Rangoon Lunatic Asylum 1893-1897 - 1893-1897
Year: 1893
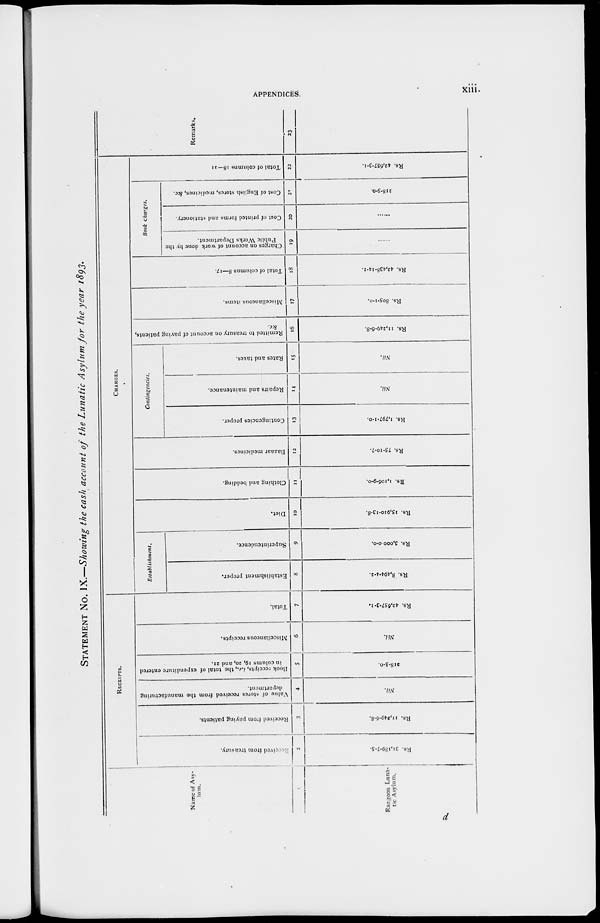
APPENDICES.
xiii.
STATEMENT No. IX.—Showing the cash account of the Lunatic Asylum for the year 1893.
Name of Asy-
lum.
Rangoon Luna-
tic Asylum.
RECEIPTS.
Recovered
from treasury.
2
Rs. 31,189-7-5.
Received from paying patients.
3
Rs. 11,249-6-8.
Value of stores received from the manufacturing
department.
4
Nil.
Book receipts, i.e., the total of expenditure entered
in colums 19, 20, and 21.
5
218-5-0.
Miscellaneous receipts.
6
Nil.
Total.
7
Rs. 42,657-3-1.
CHARGES.
Establishment.
Establishment proper.
8
Rs. 8,494-4-2.
Superintendence.
9
Rs. 3,000-0-0.
Diet.
10
Rs. 15,910-13-8.
Clothing and bedding.
11
Rs. 1,106-9-0.
Bazaar medicines.
12
Rs. 75-10-7.
Contingencies.
Contingencies proper.
13
Rs. 1,797-1-0.
Repairs and maintenance.
14
Nil.
Rates and taxes.
15
Nil.
R emitted to treasury on account of paying patients,
&c.
16
Rs. 11,249-6-8.
Miscellaneous items.
17
Rs. 805-1-0.
Total of columns 8—17.
18
Rs. 42,438-14-1.
Book charges.
Charges on account of work done by the
Public Works Department.
19
......
Cost of printed forms and stationery.
20
......
Cost of English stores, medicines, &c.
21
218-5-0.
Total of columns 18—21
22
Rs. 42,657-3-1.
Remarks.
23
d